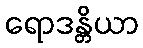
ရောဒန္တိယာ